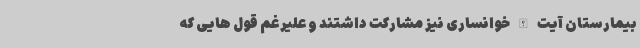
بیمارستان آیت الله خوانساری نیز مشارکت داشتند و علیرغم قول هایی که